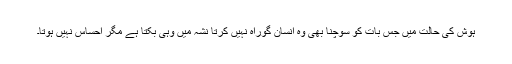
ہوش کی حالت میں جس بات کو سوچنا بھی وہ انسان گوراہ نہیں کرتا نشہ میں وہی بکتا ہے مگر احساس نہیں ہوتا۔